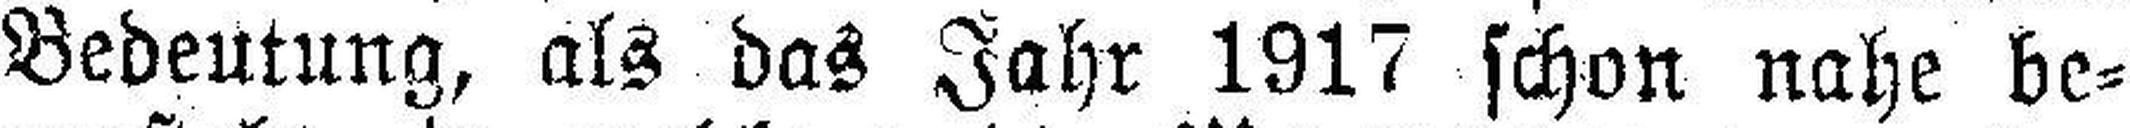
Bedeutung, als das Jahr 1917 schon nahe be¬